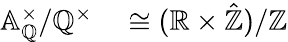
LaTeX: \begin{array}{rl}{\mathbb{A}_{\mathbb{Q}}^{\times}/\mathbb{Q}^{\times}}&{{}\cong(\mathbb{R}\times{\hat{\mathbb{Z}}})/\mathbb{Z}}\end{array}